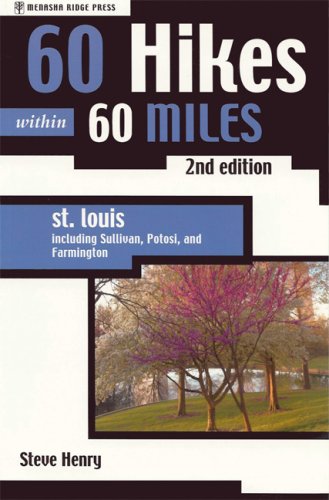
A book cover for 60 Hikes Within 60 Miles: St Louis: Including Sullivan, Potosi, and Farmington; Henry Steve; Travel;